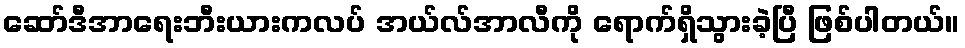
ဆော်ဒီအာရေးဘီးယားကလပ် အယ်လ်အာလီကို ရောက်ရှိသွားခဲ့ပြီ ဖြစ်ပါတယ်။